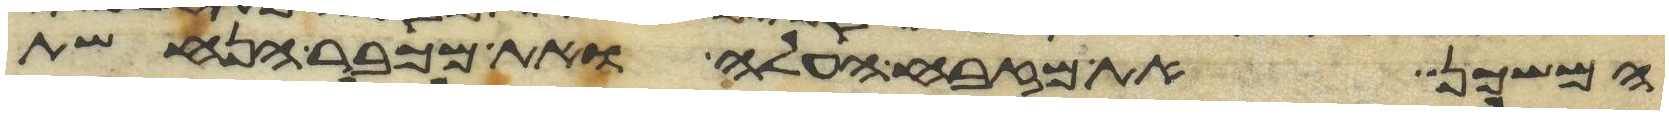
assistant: המשכן ואת מזבח העלה ואת מכבר הנחשת